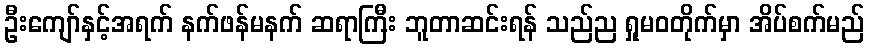
ဦးကျော်နှင့်အရက် နက်ဖန်မနက် ဆရာကြီး ဘူတာဆင်းရန် သည်ည ရှုမဝတိုက်မှာ အိပ်စက်မည်